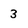
Character: 3